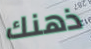
ذهنك